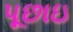
પૂછાઇ